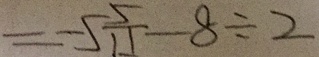
= - 5 \frac { 5 } { 1 1 } - 8 \div 2